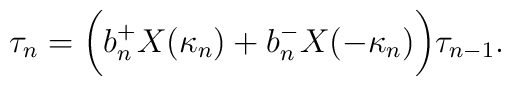
\tau_n = \biggl{(} b_n^+ X(\kappa_n) + b_n^- X(-\kappa_n)\biggr{)} \tau_{n-1}.